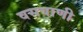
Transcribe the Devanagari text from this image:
वसवाणी